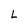
Character: L